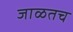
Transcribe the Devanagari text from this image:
जाळतच